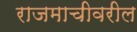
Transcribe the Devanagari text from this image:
राजमाचीवरील